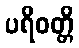
ပရိဝတ္တိ